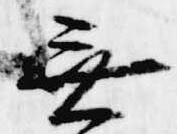
無